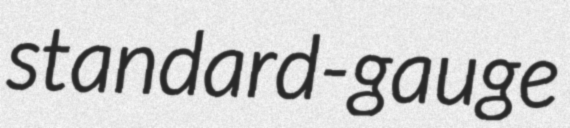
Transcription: standard-gauge